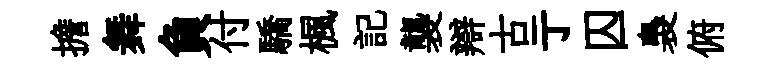
擔舞負付驕楓記襲辯古亍囚裊俯